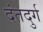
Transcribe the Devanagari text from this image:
दंतदुर्ग